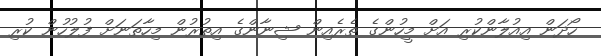
ހޯދަން އިއުލާންކުރި އަށް މީހުންގެ ތެރެއިން ޝިނާންގެ އިތުރުން މިހާތަނަށް ފުލުހުން ކުރި